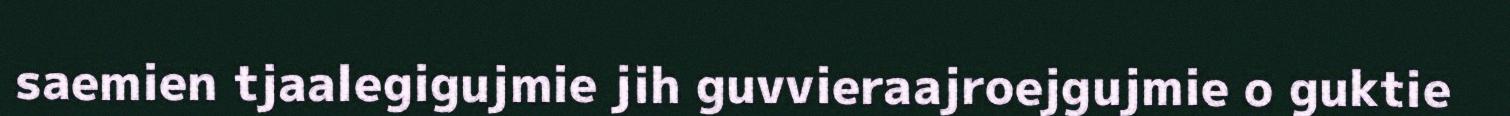
saemien tjaalegigujmie jih guvvieraajroejgujmie o guktie